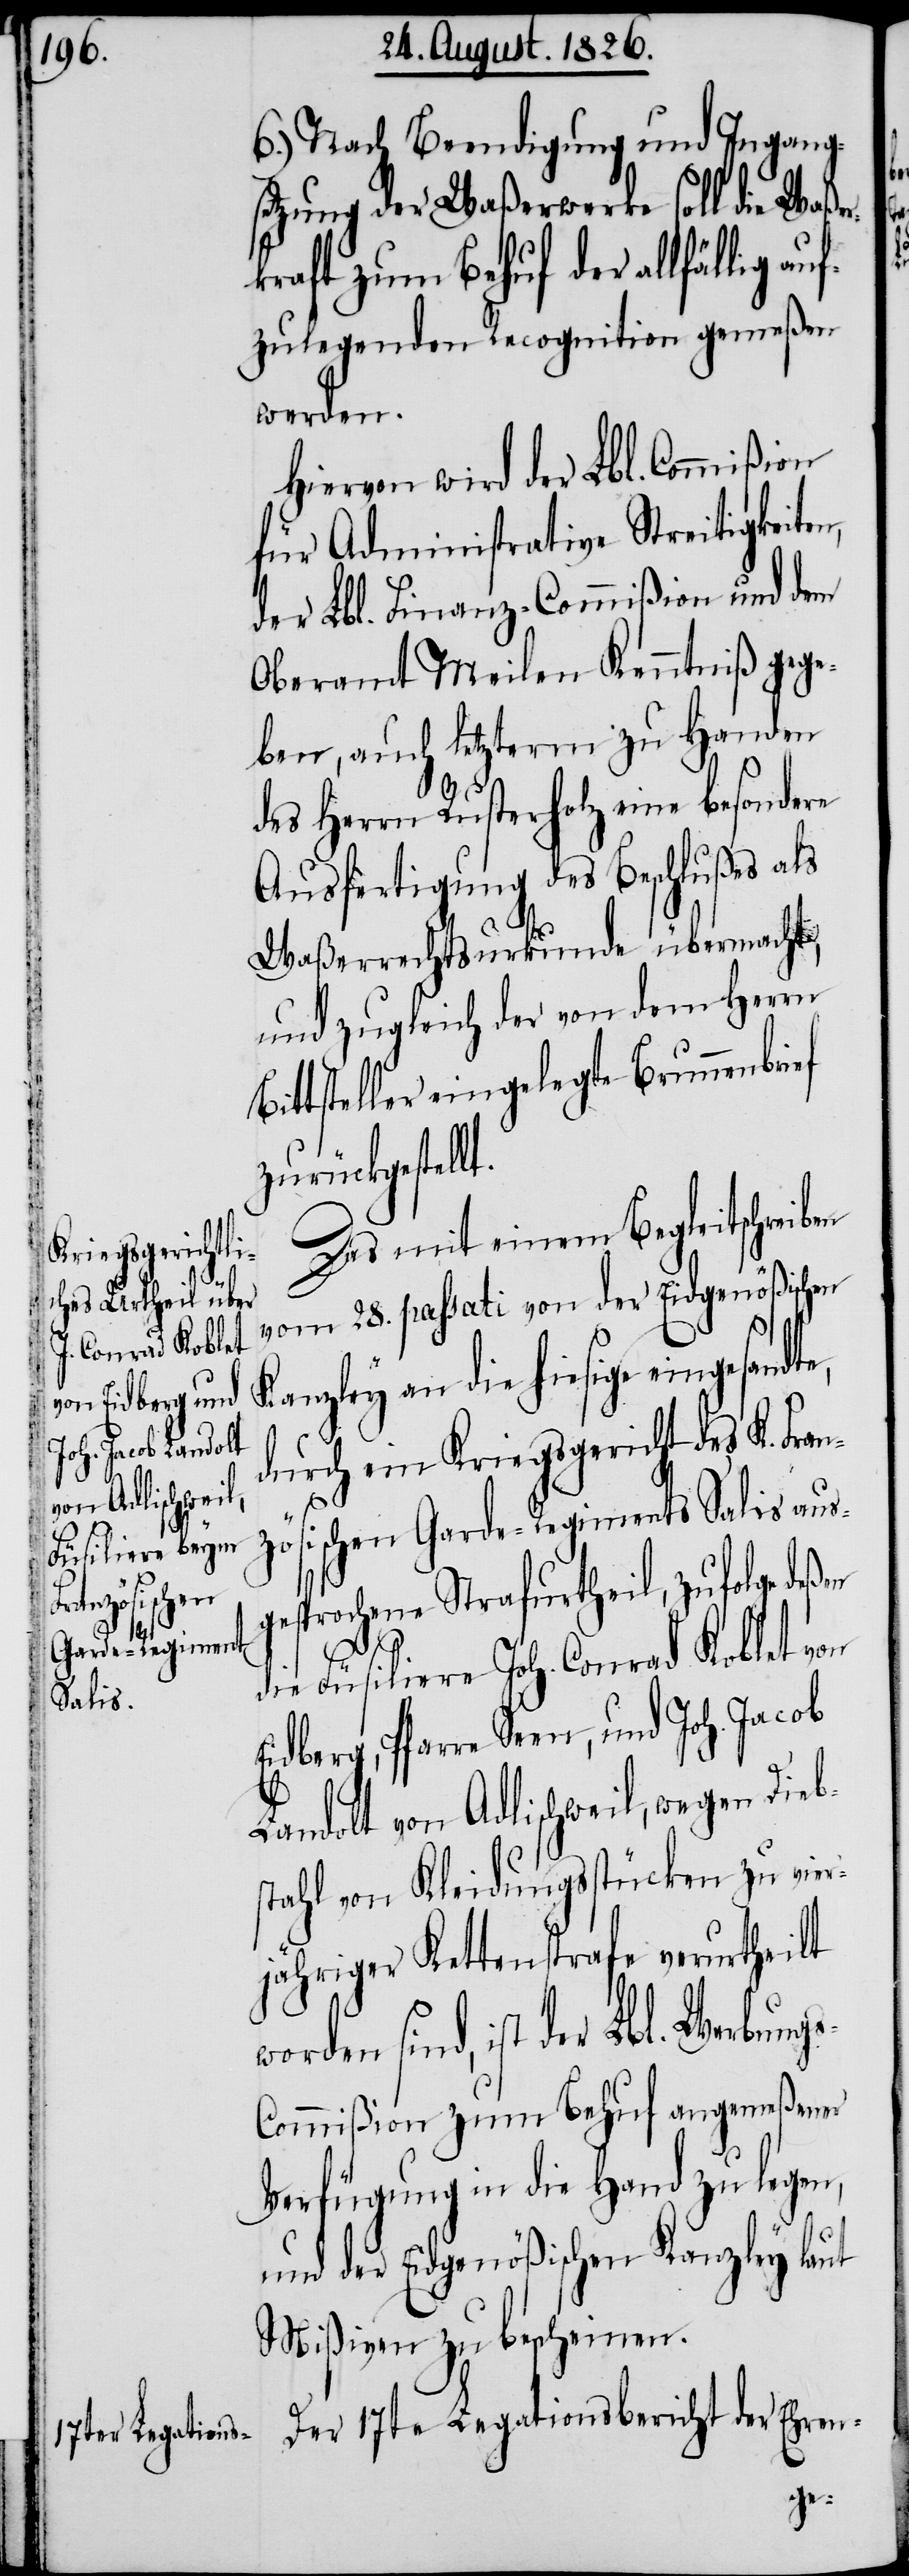
t.
sandte,

6.) Nach Beendigung und Ingang¬
setzung der Waßerwerke soll die Waßer¬
raft zum Behuf der allfällig au¬
fzulegenden Recognition gemeßen
werden.
Hiervon wird der Lbl. Commißion
für Administrative Streitigkeiten,
der Lbl. Finanz-Commißion und dem
Oberamt Meilen Kenntniß gege¬
ben, auch letzterm zu Handen
des Herrn Rusterholz eine besondere
Ausfertigung des Beschlußes als
Waßerrechtsurkunde übermacht,
und zugleich der von dem Herrn
Bittsteller eingelegte Brunnenbrief
zurückgestell¬
Das mit einem Begleitschreiben
vom 28. passati von der Eidgenößischen
Kanzley an die hiesige einge¬
durch ein Kriegsgericht des K. Fran¬
zösischen Garde-Regiments Salis aus¬
gesprochene Strafurtheil, zufolge deßen
die Füsiliere Joh. Conrad Koblet von
Eidberg, Pfarre Seen, und Joh. Jacob
Landolt von Adlischweil, wegen Dieb¬
stahl von Kleidungsstücken zu vier¬
jähriger Kettenstrafe verurtheilt
sind, ist der Lbl. Werbung¬
s-Commißion zum Behuf angemeßener
Verfügung in die Hand zu legen,
und der Eidgenößischen Kanzley laut
Mißiven zu bescheinen.
Der 17te Legationsbericht der Ehren-